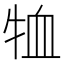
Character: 𭷞